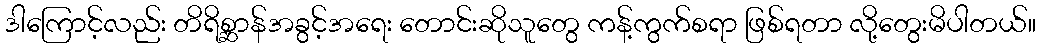
ဒါကြောင့်လည်း တိရိစ္ဆာန်အခွင့်အရေး တောင်းဆိုသူတွေ ကန့်ကွက်စရာ ဖြစ်ရတာ လို့တွေးမိပါတယ်။